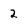
Character: 2